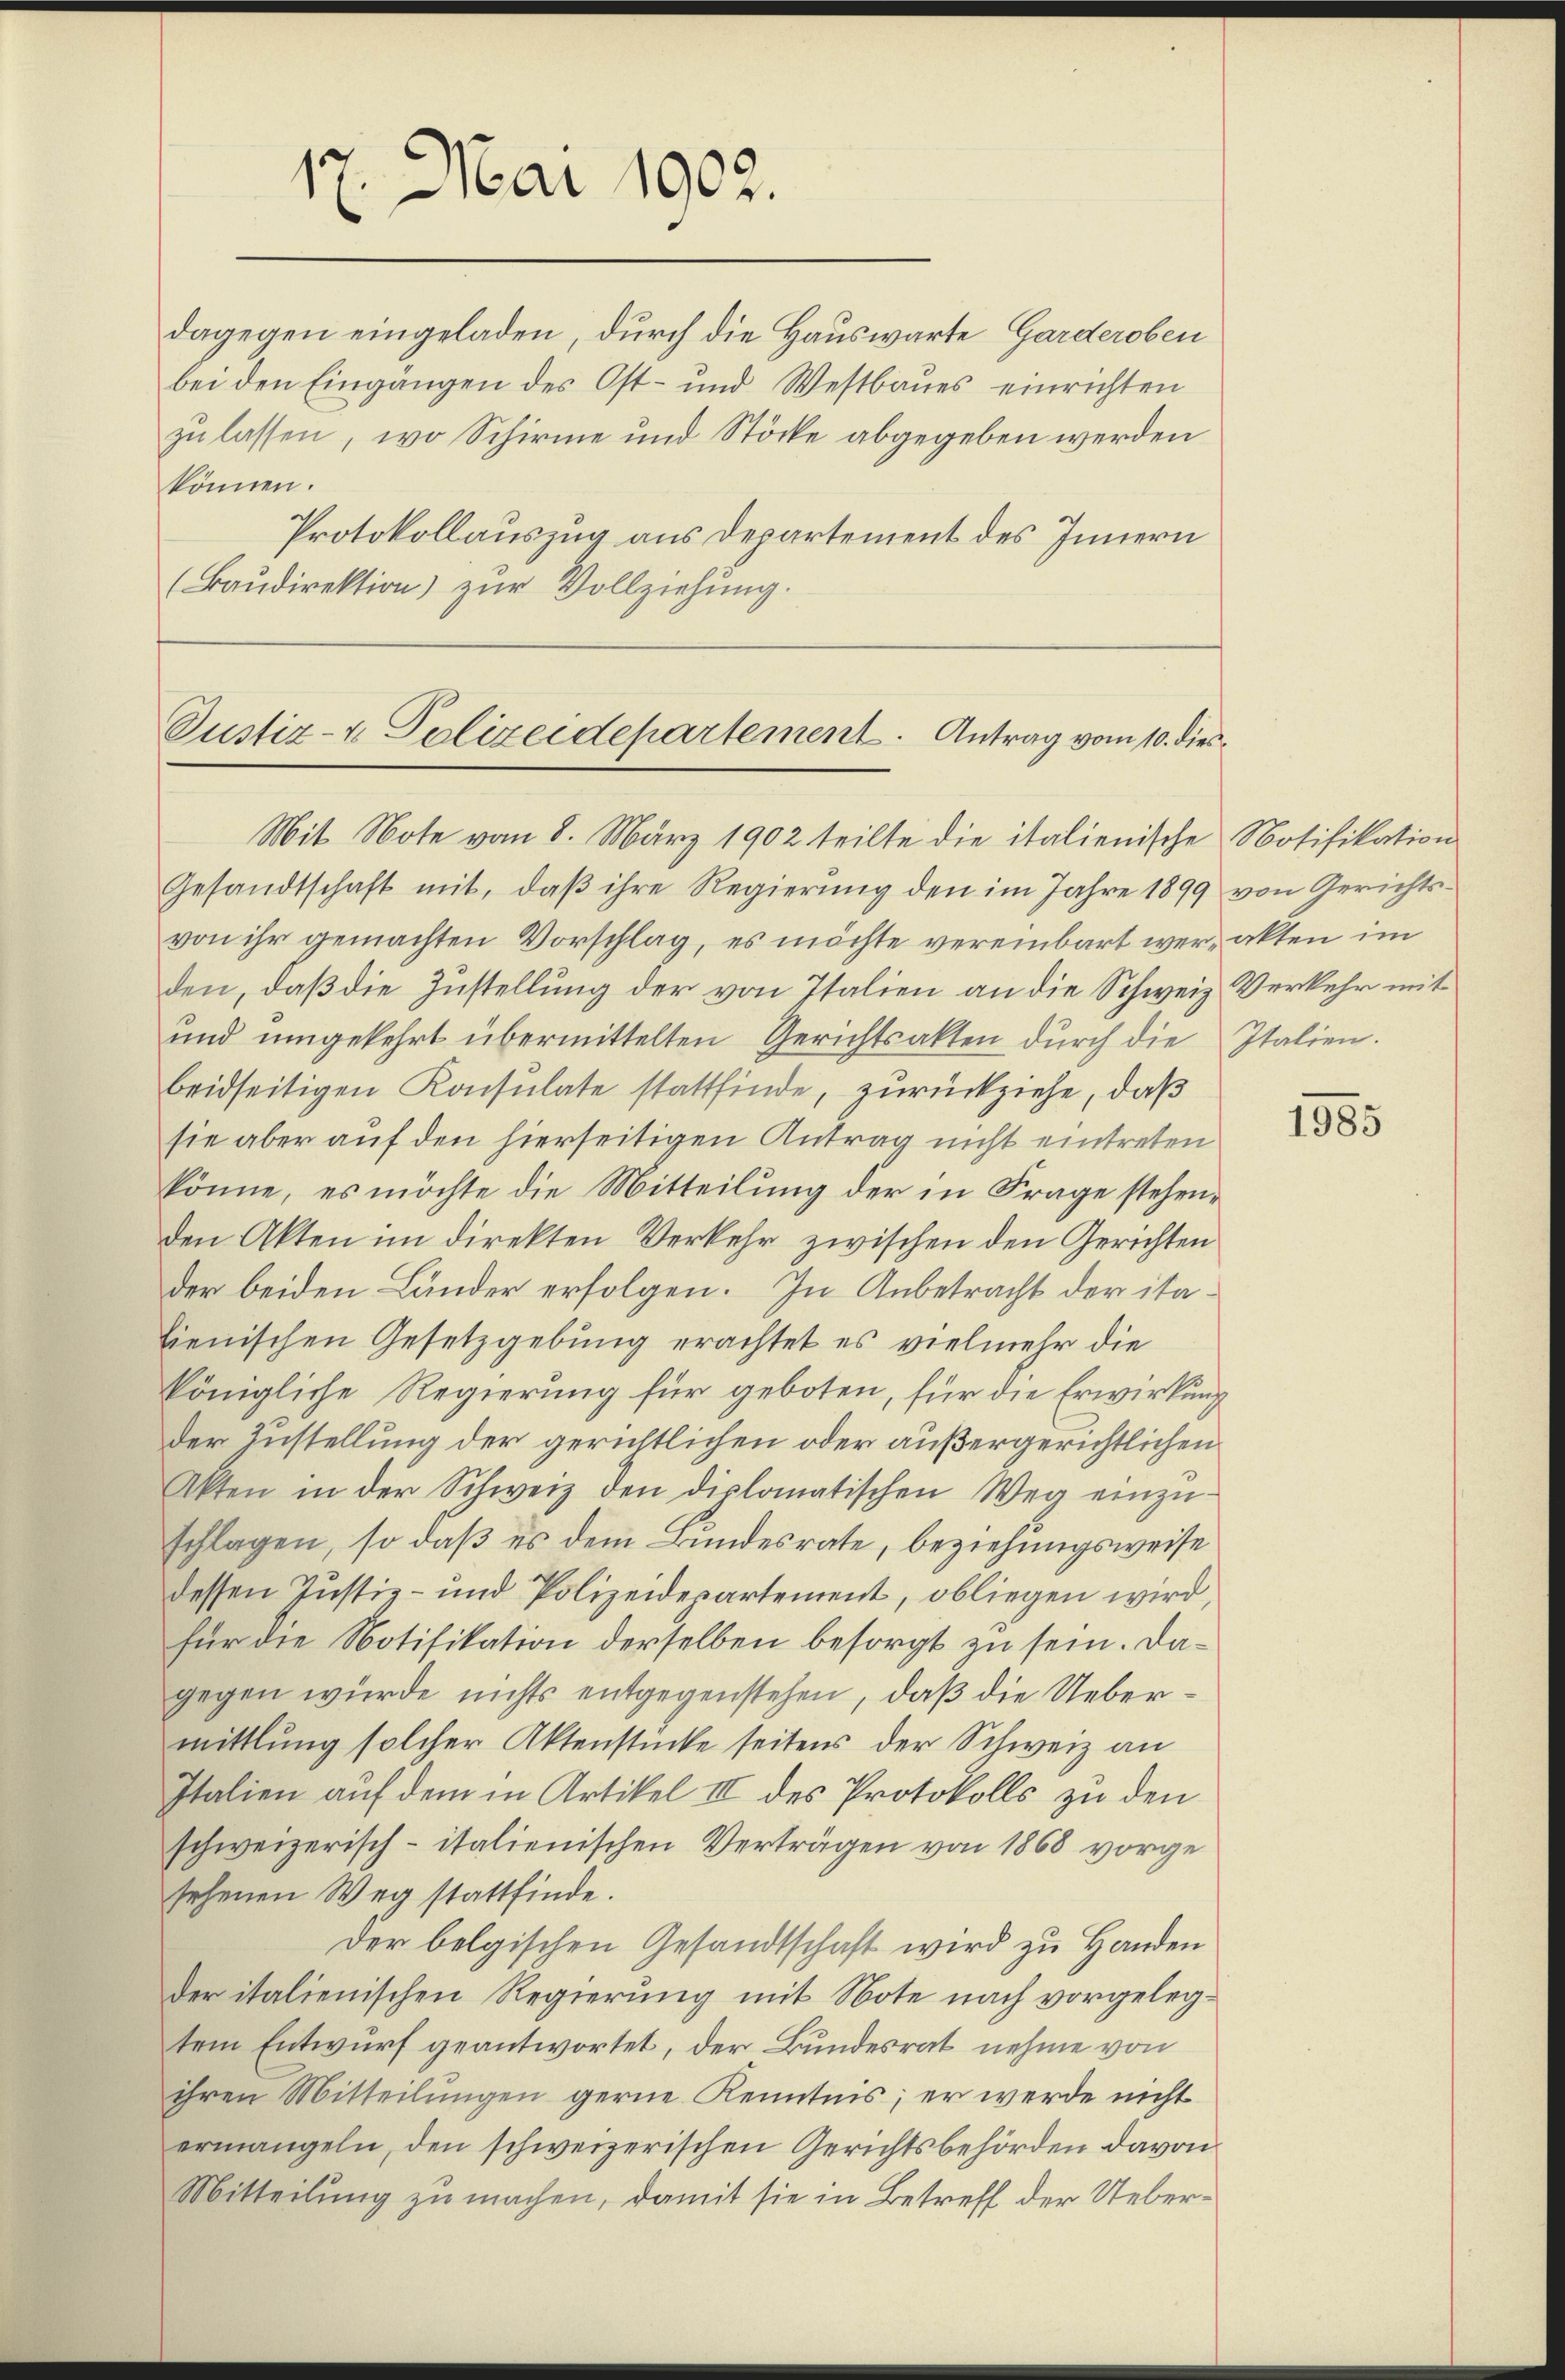
17. Mai 1902.

dagegen eingeladen, durch die Hauswarte Garderoben
bei den Eingängen des Ost- und Westbaues einrichten
zu lassen, wo Schirme und Stöcke abgegeben werden
können.
Protokollauszug aus Departement des Innern
(Baŭdirektion) zur Vollziehung.

Justiz- & Polizeidepartement. Antrag vom 10. dies
Mit Note vom 8. März 1902 teilte die italienische Notifikation

Gesandtschaft mit, daβ ihre Regierung den im Jahre 1899 von Gerichts-
von ihr gemachten Vorschlag, es möchte vereinbart wer- akten im
den, daß die Zustellung der von Italien an die Schweiz Verkehr mit
und umgekehrt übermittelten Gerichtsakten dŭrch die Italien.
beidseitigen Konsulate stattfinde, zurückziehe, daß
sie aber auf den hierseitigen Antrag nicht eintreten
könne, es möchte die Mitteilung der in Frage stehenden Akten im direkten Verkehr zwischen den Gerichten
der beiden Länder erfolgen. In Anbetracht der itabienischen Gesetzgebung erachtet es vielmehr die
königliche Regierung für geboten, für die Erwirkung
der Zustellung der gerichtlichen oder außergerichtlichen
Akten in der Schweiz den diplomatischen Weg einzŭ-
schlagen, so daß es dem Bundesrate, beziehungsweise
dessen Justiz- und Polizeidepartement, obliegen wird,
für die Notifikation derselben besorgt zu sein. Dagegen würde nichts entgegenstehen, daß die Uebermittlung solcher Aktenstücke seitens der Schweiz an
Italien auf dem in Artikel III des Protokolls zu den
schweizerisch- italienischen Verträgen von 1868 vorge
sehenen Weg stattfinde.
Der belgischen Gesandtschaft wird zu Handen
der italienischen Regierung mit Note nach vorgelegtem Entwurf geantwortet, der Bundesrat nehme von
ihren Mitteilungen gerne Kenntnis; er werde nicht
ermangeln, den schweizerischen Gerichtsbehörden davon
Mitteilung zu machen, damit sie in Betreff der Ueber¬

1985